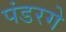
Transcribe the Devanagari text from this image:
पंडरगे